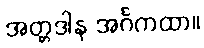
အတ္တဒါန အင်္ဂကထာ။